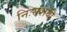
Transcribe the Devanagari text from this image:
निःसंशयी